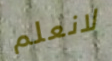
لانعلم